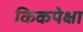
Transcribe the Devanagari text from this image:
किकपेक्षा